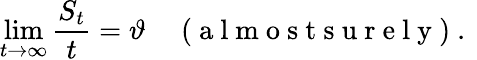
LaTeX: \operatorname*{lim}_{t\to\infty}\frac{S_{t}}{t}=\vartheta\quad\mathrm{~(~a~l~m~o~s~t~s~u~r~e~l~y~)~.~}